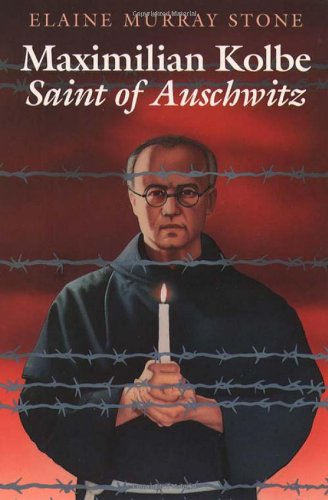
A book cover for Maximilian Kolbe: Saint of Auschwitz; Elaine Murray Stone; Children's Books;